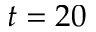
t = 2 0